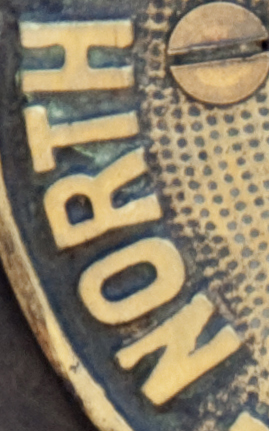
NORTH